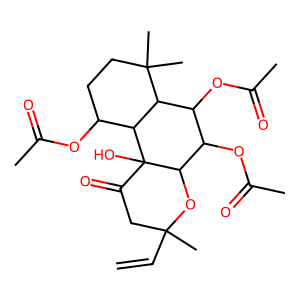
SMILES: C=CC1(C)CC(=O)C2(O)C(O1)C(OC(C)=O)C(OC(C)=O)C1C2C(OC(C)=O)CCC1(C)C
Inhibits HIV replication: No